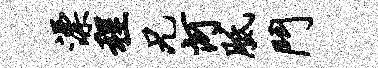
漂程兄河胝斗